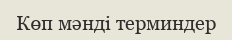
Көп мәндi терминдер